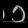
Digit: ၁